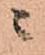
ニ